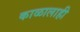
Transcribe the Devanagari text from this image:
काळालाही